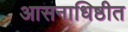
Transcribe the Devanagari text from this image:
आसनाधिष्ठीत